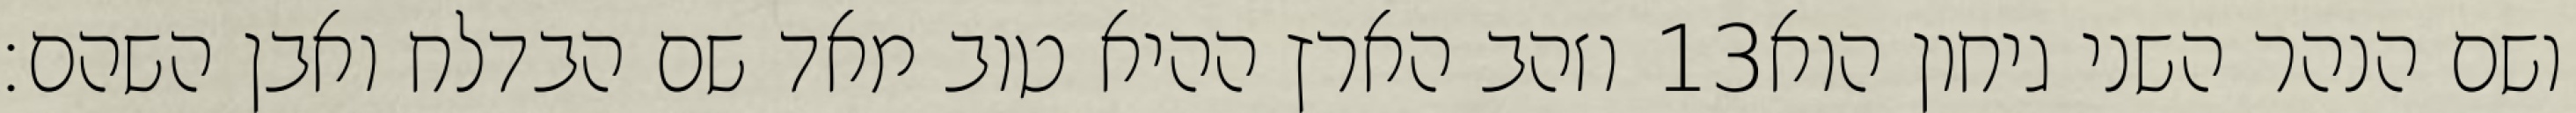
וזהב הארץ ההיא טוב מאד שם הבדלח ואבן השהם׃ ‎13‏ ושם הנהר השני גיחון הוא